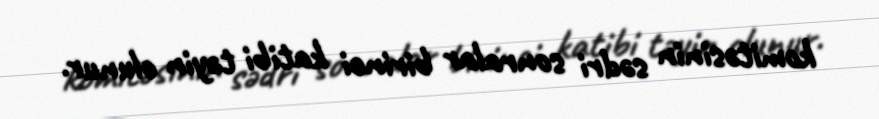
komitəsinin sədri sonralar birinci katibi təyin olunur.